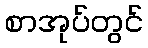
စာအုပ်တွင်